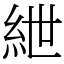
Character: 紲